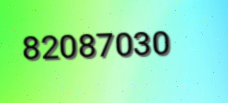
82087030